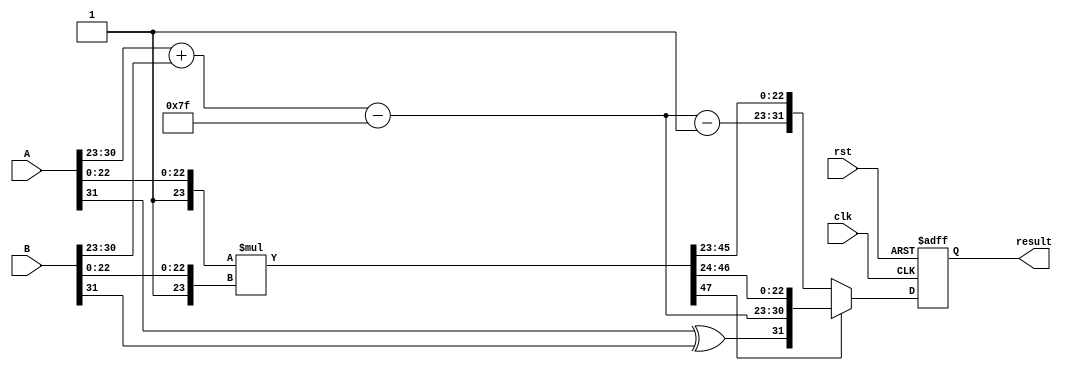
module radix4_fp_multiplier (
    input wire clk,
    input wire rst,
    input wire [31:0] A, // Single precision input A
    input wire [31:0] B, // Single precision input B
    output reg [31:0] result // Single precision output result
);

    // IEEE 754 components
    wire signA = A[31];
    wire signB = B[31];
    wire [7:0] expA = A[30:23];
    wire [7:0] expB = B[30:23];
    wire [22:0] mantA = A[22:0];
    wire [22:0] mantB = B[22:0];

    // Intermediate signals
    wire [23:0] normMantA; // Normalized mantissa A
    wire [23:0] normMantB; // Normalized mantissa B
    wire [7:0] expResult; // Result exponent
    wire signResult; // Result sign
    wire [47:0] product; // Raw product of mantissas

    // Normalization (add implicit leading 1)
    assign normMantA = {1'b1, mantA}; // 24 bits
    assign normMantB = {1'b1, mantB}; // 24 bits

    // Sign calculation
    assign signResult = signA ^ signB;

    // Exponent calculation (subtract bias and add)
    assign expResult = expA + expB - 8'd127; // 127 is the bias for single precision

    // Mantissa multiplication using Radix-4 Booth algorithm
    // Here we will just multiply the normalized mantissas directly for simplicity
    assign product = normMantA * normMantB;

    // Result assembly
    always @(posedge clk or posedge rst) begin
        if (rst) begin
            result <= 32'b0;
        end else begin
            // Normalize product and adjust exponent if necessary
            // This is a simplified normalization step
            if (product[47]) begin
                // Product is already normalized
                result <= {signResult, expResult, product[46:24]}; // Truncate mantissa
            end else begin
                // Shift right to normalize
                result <= {signResult, expResult - 1, product[45:23]}; // Adjust exponent
            end
        end
    end

endmodule